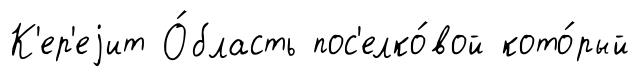
К'ер'еjит О́бласть пос'елко́вой кото́рый